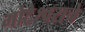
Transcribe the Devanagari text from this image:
गोटेश्वराचे